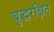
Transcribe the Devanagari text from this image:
बुद्धरक्षित